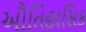
ઔતિહાસિક